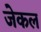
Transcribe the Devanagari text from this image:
जेकल